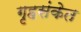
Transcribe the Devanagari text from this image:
गृहसंकेत